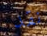
نقد